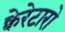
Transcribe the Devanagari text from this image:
क्वेरेटारो